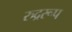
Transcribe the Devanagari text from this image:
रुद्ररूप